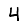
Digit: 4